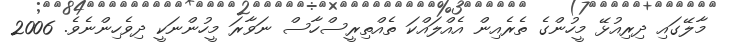
މާލޭގައި ދިރިއުޅޭ މީހުންގެ ތެރެއިން އެއްލައްކަ ތެއްތިރީސްހާސް ނަވާރަ މީހުންނަކީ ދިވެހިންނެވެ. 2006